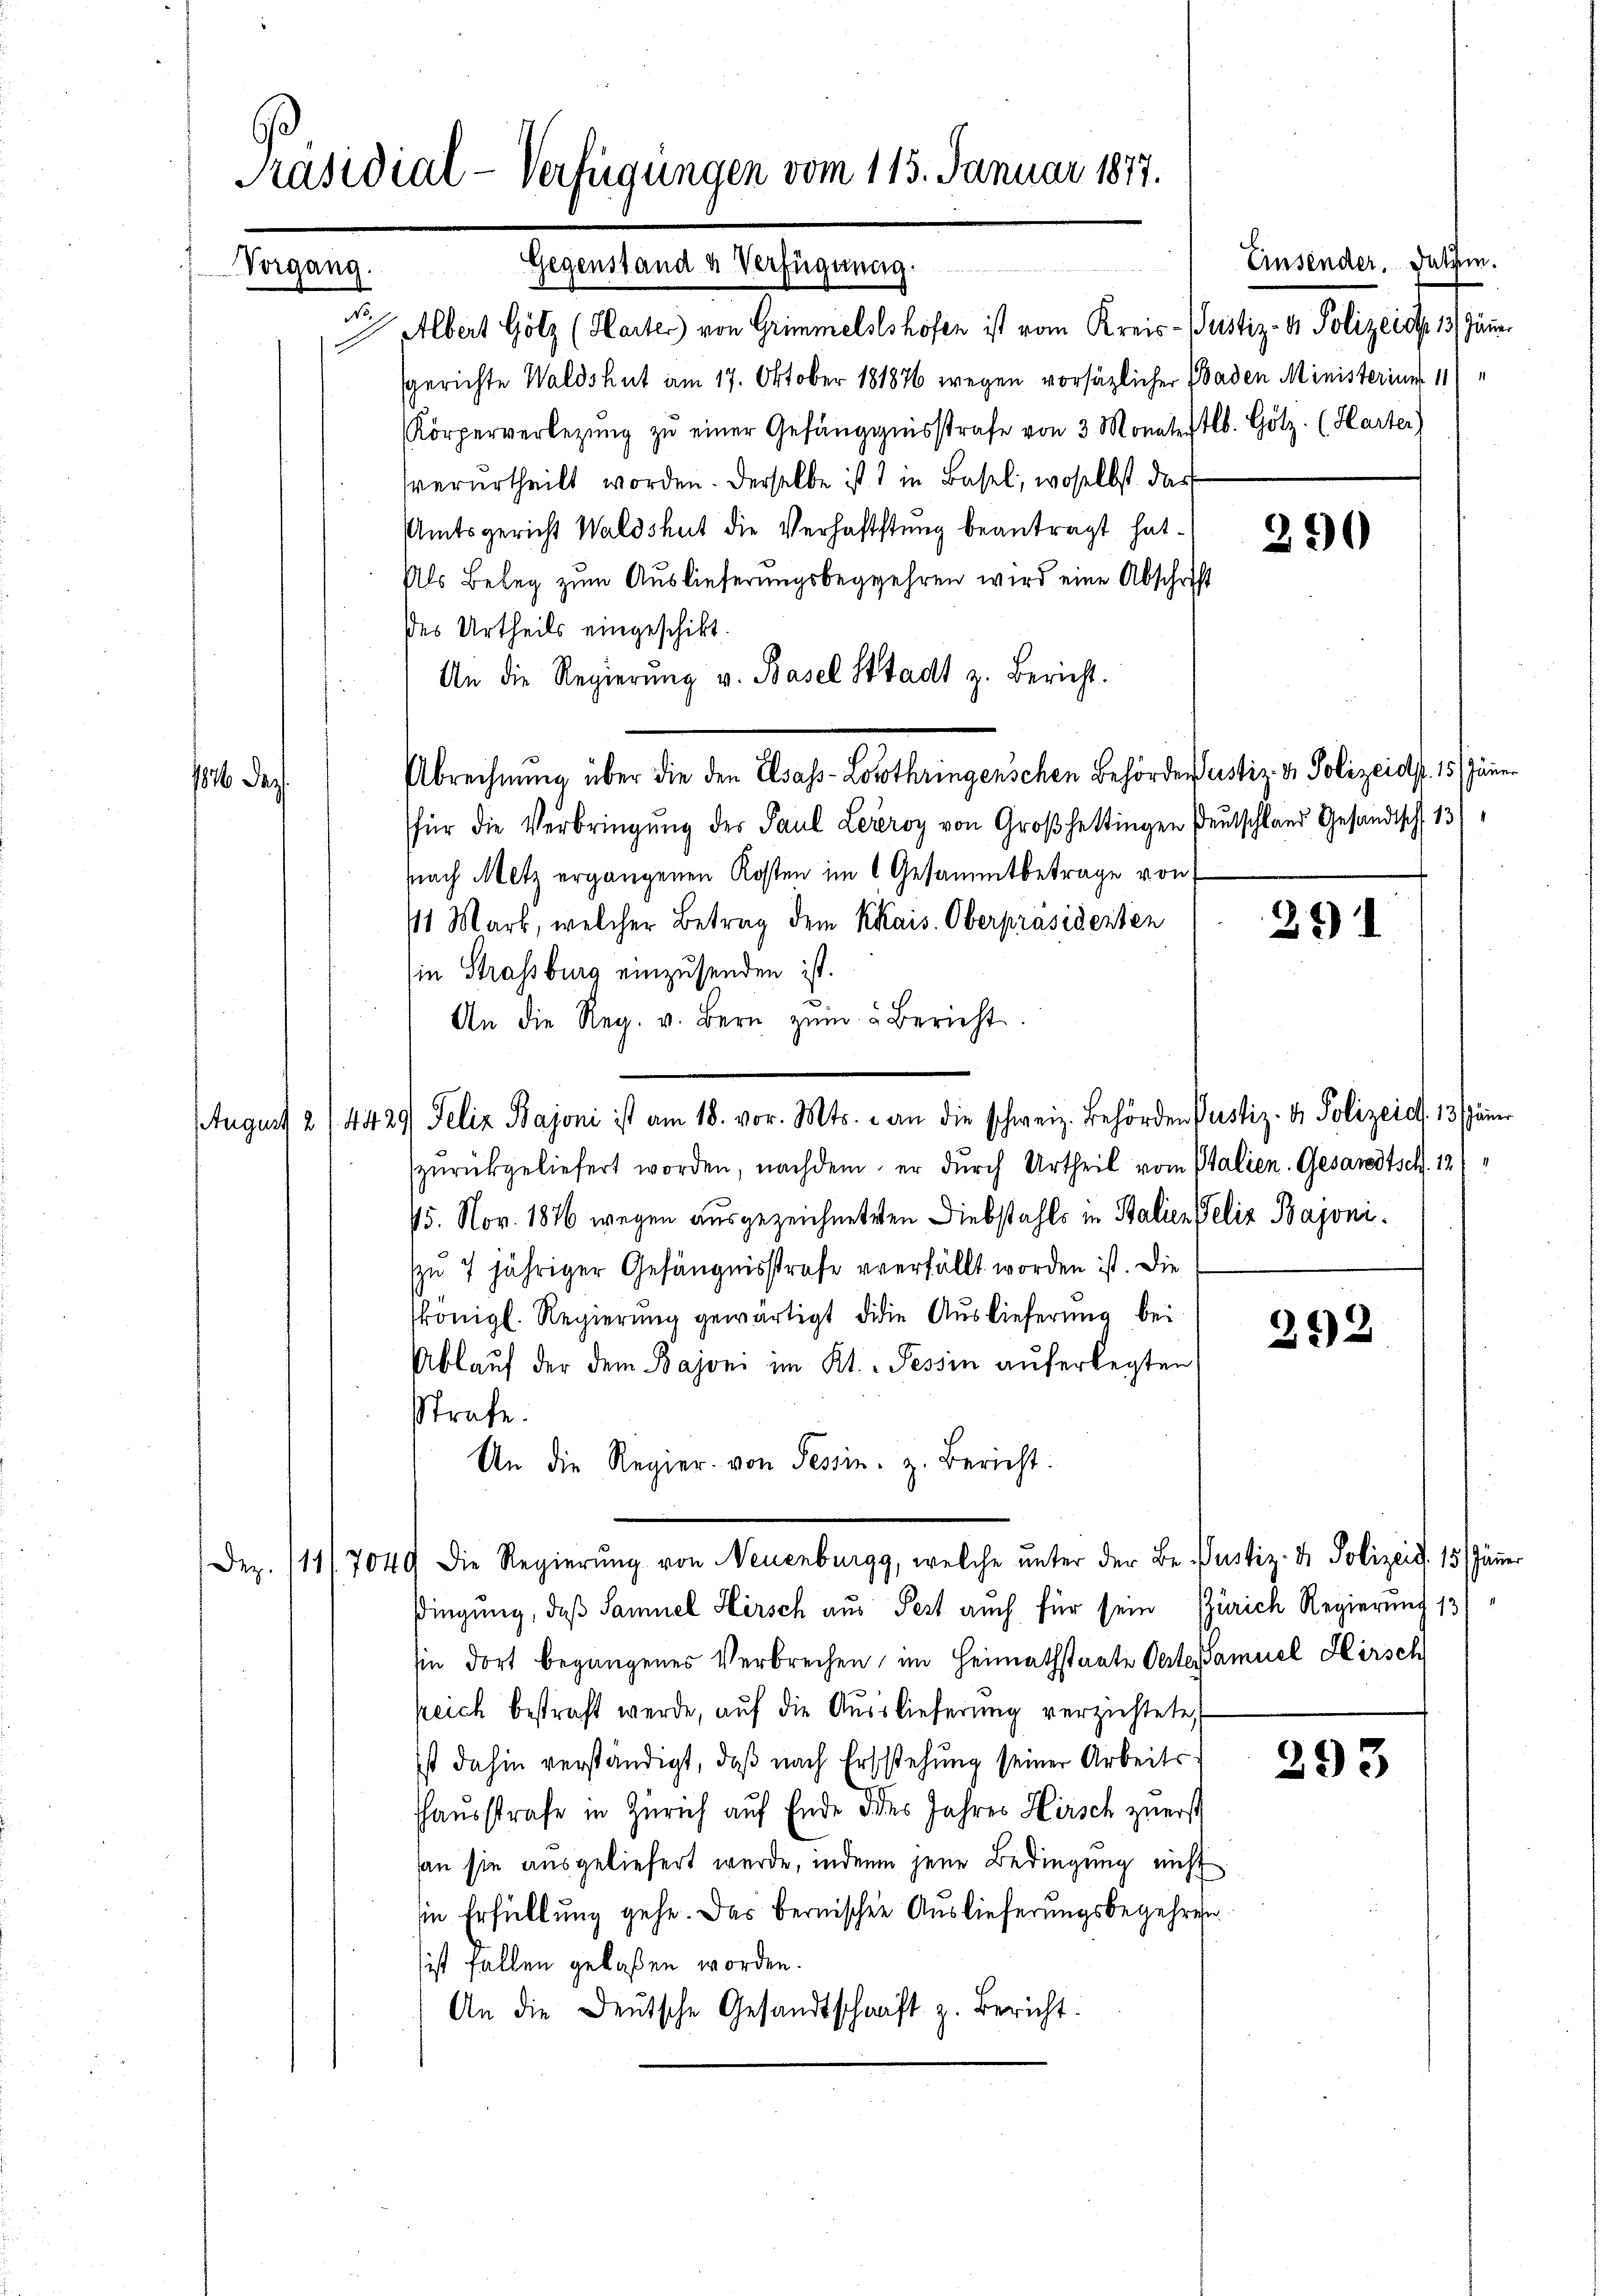
Albert Gölz (Harter) von Grimmelstshofen ist vom Kreis- Justiz- & Polizeist. 13 Jänner
sgerichte Waldshut am 17. Oktober 181876 wegen vorsätzlicher Baden Ministerium 11
Körperverlegŭng zŭ einer Gefängnisstrafe von 3 Monateftlb. Götz (Karter)
verurtheilt worden. Derselbe ist in Basel, woselbst das
Amtsgericht Waldshut die Verhaftstung beantragt hat.
Als Beleg zum Auslieferungsbegehren wird eine Abschrift
des Urtheils eingeschikt.
An die Regierŭng v. Basel Stadt z. Bericht.
.
Abrechnung über die den Elsass-Lotothringenschen Behörderustiz- & Polizeids. 15 Jänne
1816. Das
für die Verbringung des Paul Leeroy von Großhettingen Deutschland Gesandtsch 13
snach Metz ergangenen Kosten im 6 Gesammtbetrage von
41 Mark, welcher Betrag dem kkais. Oberpräsidenten
in Strassburg einzusenden ist.
An die Reg. v. Bern zŭm " Bericht.
zŭrückgeliefert worden, nachdem er durch Urtheil vom Italien. Gesandtsch. 12
75. Nov. 1846 wegen ausgezeichneten Diebstahls in Stalien Felix Bajonizu 7 jähriger Gefängnisstrafe verfällt worden ist. Die
königl. Regierung gewärtigt die Auslieferung bei
Ablauf der dem Bajoni im Kt. Tessin auferlegten
strafe.
An die Regier. von Tessin. z. Bericht:
Der. 111/7040 die Regierŭng von Neuenburgg, welche ŭnter der Be- Justiz- & Polizeid. 15 Jänner
dingung, daß Samuel Hirsch aus Pert auch für sein Zürich Regierung 131
sie dort begangenes Verbrechen, im Heimathstaate Oeste Samuel Hirsch
peich bestraft werde, auf die Auslieferung verzichtete
ist dahin verständigt, daß nach Erstehung seiner Arbeits
hhausstrafe in Zürich auf Ende des Jahres Hirsch zuerst
san sie ausgeliefert wurde, inden jene Bedingung nicht
sin Erfüllung gehe. Das bernischen Auslieferungsbegehren
sist fallen gelaßen worden.
An die Deutsche Gesandtschaft z. Bericht.

Präsidial-Verfügungen vom 115. Januar 1877.
Gegenstand u Verfügung.
Vorgang.
dh

August 2/4429/ Felix Bajoni ist am 18. vor. Mts. - an die schweiz. Behörden Pustiz- & Polizeid. 13 Jänn

Einsender, Julii.

290

291

292

293